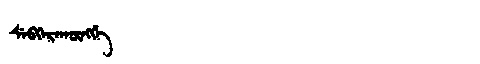
Manchu: ᠰᡝᠪᡴᡝᡵᠠᡴᡡᠩᡤᡝ
Romanization: SEBKERAKŪNGGE